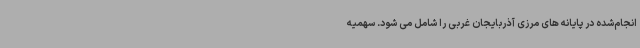
انجام‌شده در پایانه های مرزی آذربایجان غربی را شامل می شود. سهمیه